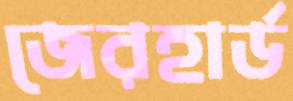
জেরহার্ড